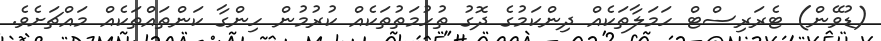
(ޑުވޭން) ޓެރަރިސްޓް ހަމަލާތަކެއް ދިންކަމުގެ ދޮގު ތުހުމަތުތަކެއް ކުރުމުން ހިންގާ ކަންތައްތަކެއް މައްޗަށެވެ.